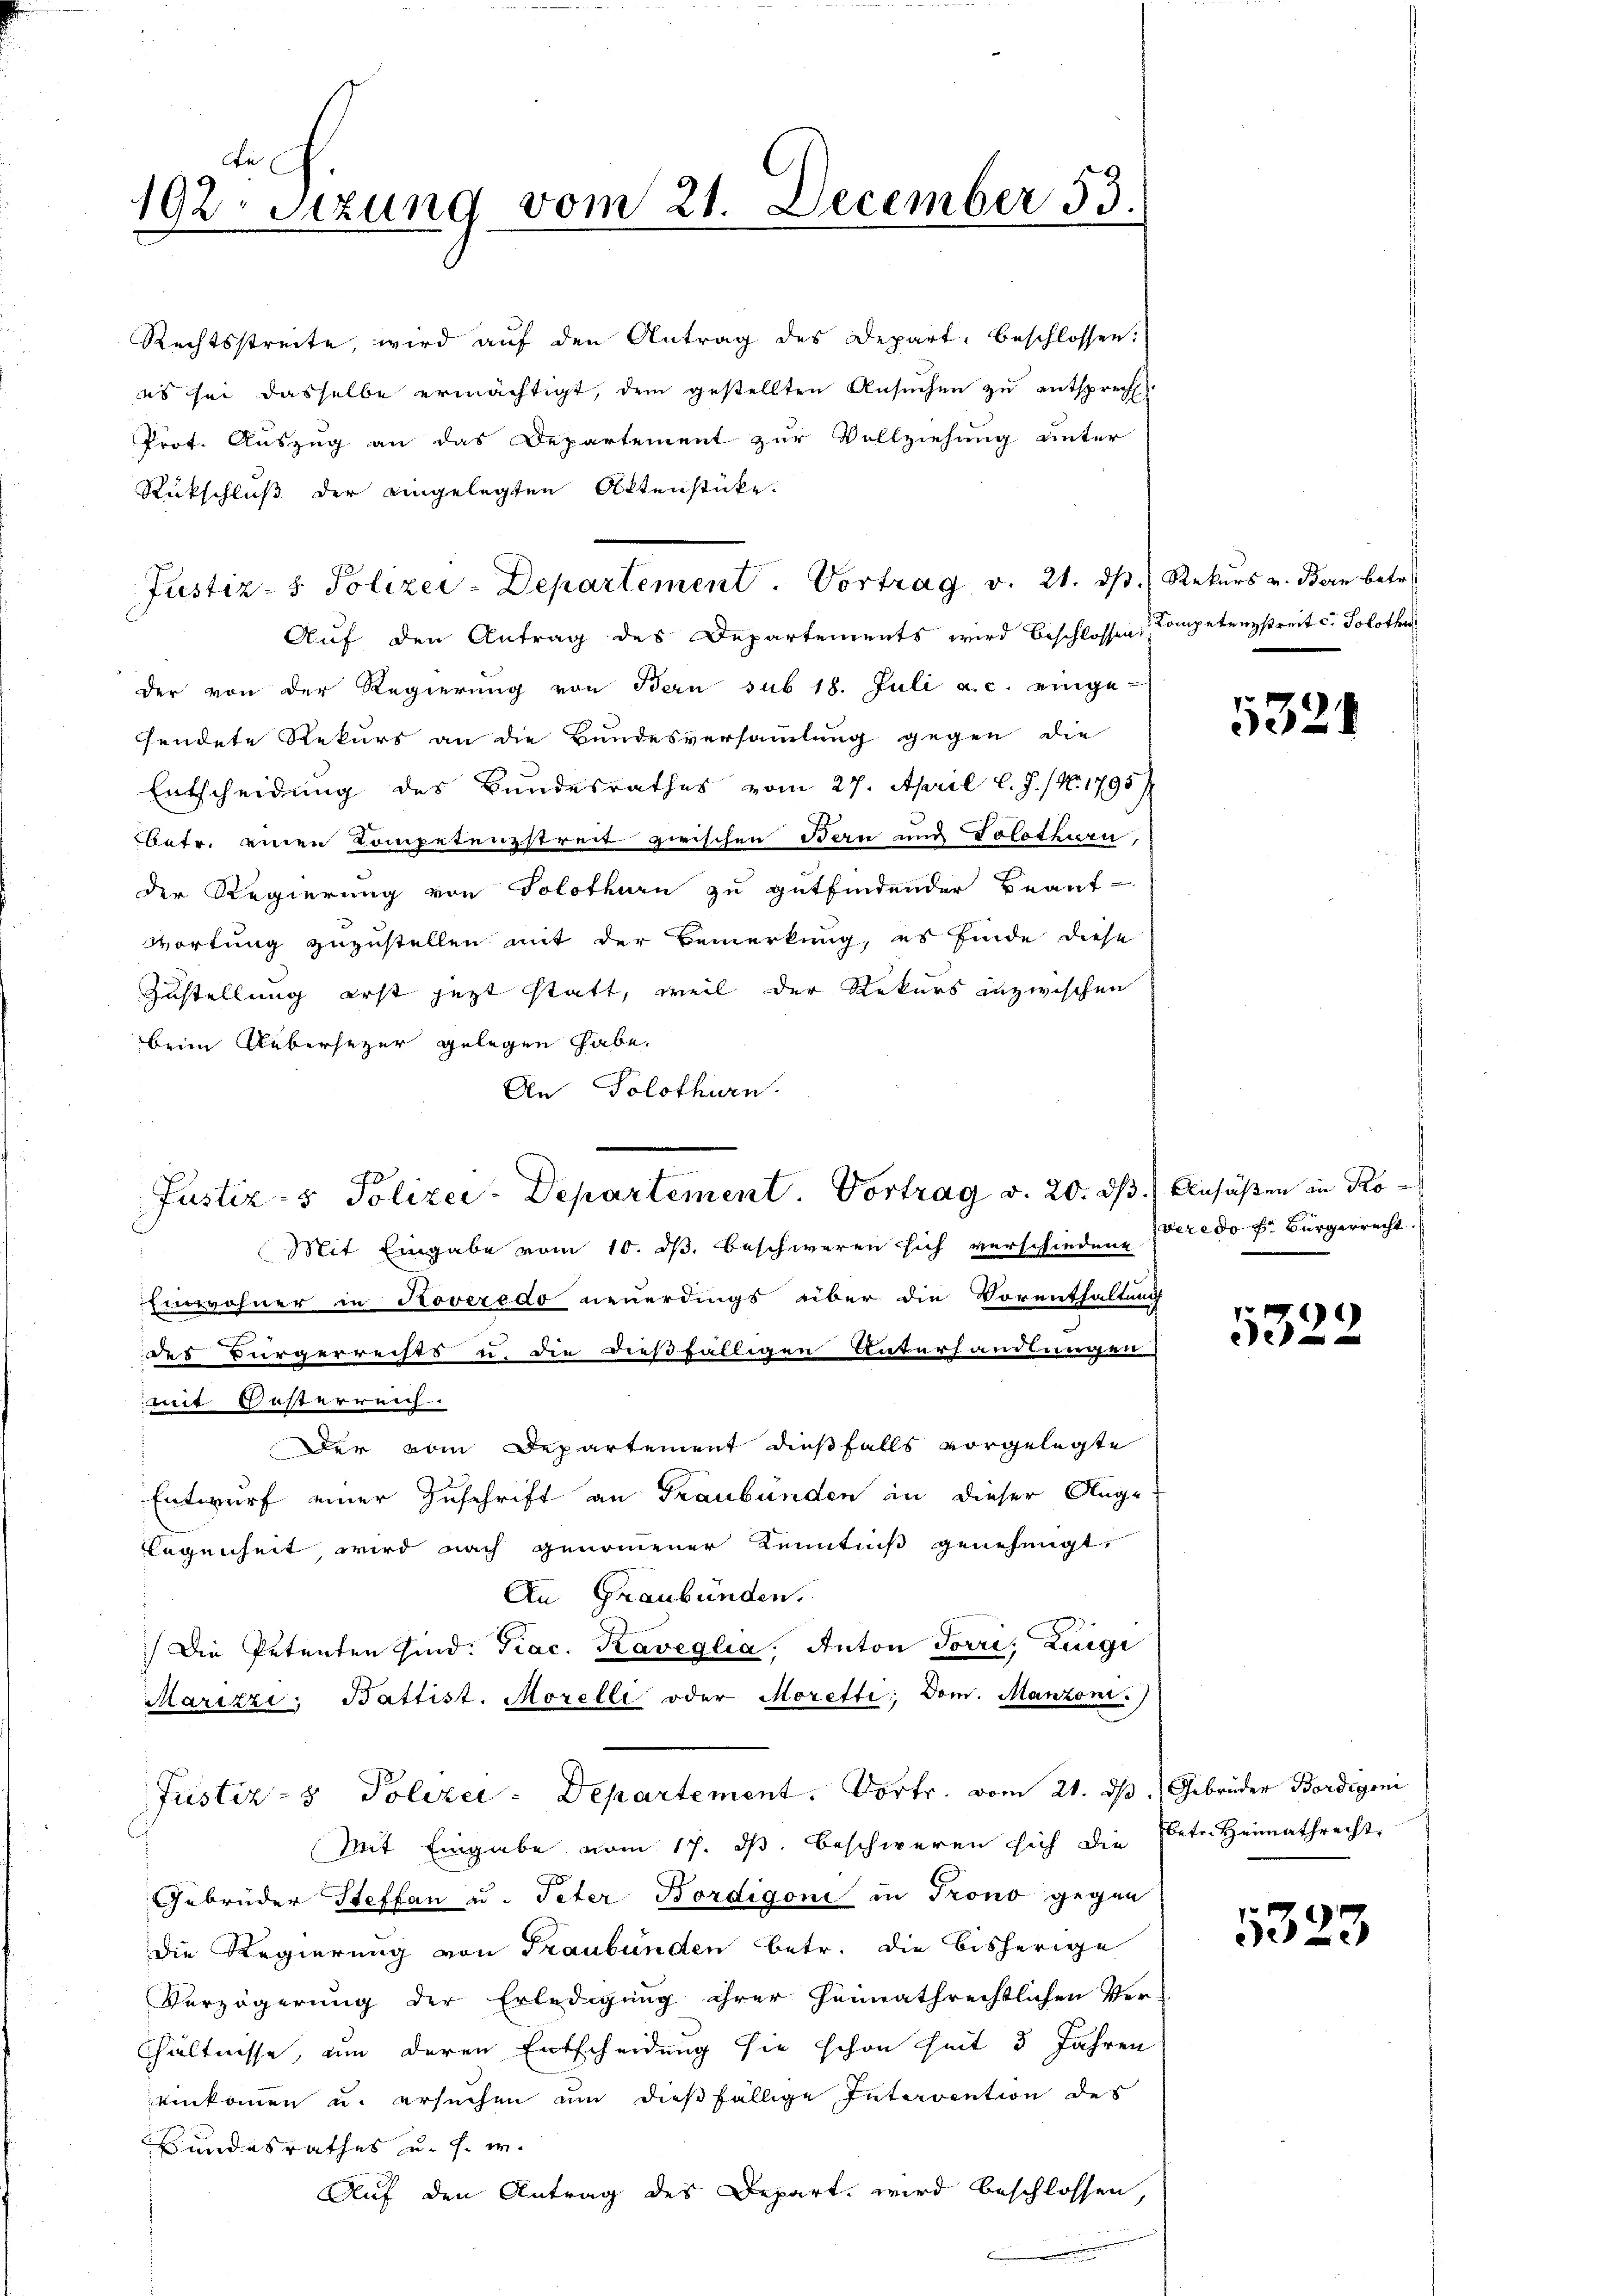
fa
192. Sitzung vom 21. December 53.
.

Rechtsstreite, wird aŭf den Antrag des Depart, beschlossen:
es sei dasselbe ermächtigt, dem gestellten Ansuchen zu entsprecht.
Prot. Auszug an das Departement zur Vollziehung unter
Rückschluß der eingelegten Aktenstücke.
Auf den Antrag des Departements wird beschlossen Competreystreit c. Solothur
der von der Regierung von Bern sub 18. Juli a.c. einge-
sendete Rekurs an die Bundesversammlung gegen die
Entscheidung des Bundesrathes vom 27. April l. J. / No. 1795
betr. einen Kompetenzstreit zwischen Bern und Solothurn,
der Regierung von Solothurn zu gutfindender Beant-
wortung zuzustellen mit der Bemerkung, es finde diese
Zustellung erst jezt statt, weil der Rekurs inzwischen
beim Uebersezer gelegen habe.
An Solothurn.
Mit Eingabe vom 10. ds. beschweren sich verschiedene veredo Fr. Bürgerrecht.
Einwohner in Roveredo neuerdings über die Vorenthaltung
des Bürgerrechts u. die dießfälligen Unterhandlungen
mmit Wasterreich.
Der vom Departement dießfalls vorgelegte
Entwurf einer Zuschrift an Graubünden in dieser Auge-
Regenheit wird nach genommener Kenntniß genehmigt.
An Graubünden.
Die Petenten sind. Trac. Kaveglia. Anton Torri, Luigi
Marizzi, Battist. Morelli oder Moretti; Dom. Manzoni.)
Justiz- & Polizei: Departement. Vortr. vom 21. ds Gebrüder Bordigeni
Mit Eingabe vom 17. ds. beschweren sich die Betr. Heimathrecht
Gebrüder Steffan u. Peter Bordigone in Trono gegen
Die Regierung von Graubünden betr. die bisherige
Verzögerung der Erledigung ihrer heimathrechtlichen Ver-
hältnisse, um deren Entscheidung sie schon heit 3 Jahren
einkommen u. ersuchen um dießfällige Intervention des
Bundesrathes u. s. w.
Auf den Antrag des Depart wird beschlossen,

Justiz- & Polizei-Departement. Vortrag v. 21. d. Rekurs v. Bern betr.

Justiz- & Polizei-Departement. Vortrag v. 20. ds.

1324

Ansäßen in Pro

1322

5323